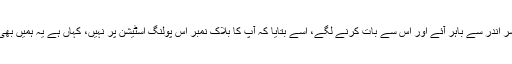
پریذائڈنگ افسر اندر سے باہر آئے اور اس سے بات کرنے لگے، اسے بتایا کہ آپ کا بلاک نمبر اس پولنگ اسٹیشن پر نہیں، کہاں ہے یہ ہمیں بھی نہیں معلوم ۔